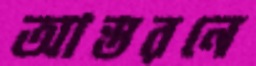
আস্তরনে